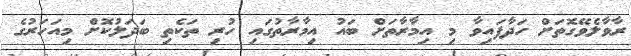
ރާވާލެވޭގޮތަށް ހަދާފައިވާ މި އިމާރާތަށް ބައު އިމާރާތުގައި ހުރި ތަކެތި ބަދަލުކޮށް މިއަހަރުގެ